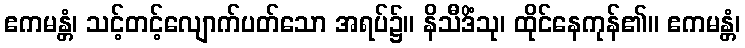
ဧကမန္တံ၊ သင့်တင့်လျောက်ပတ်သော အရပ်၌။ နိသီဒိံသု၊ ထိုင်နေကုန်၏။ ဧကမန္တံ၊